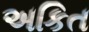
અકિત